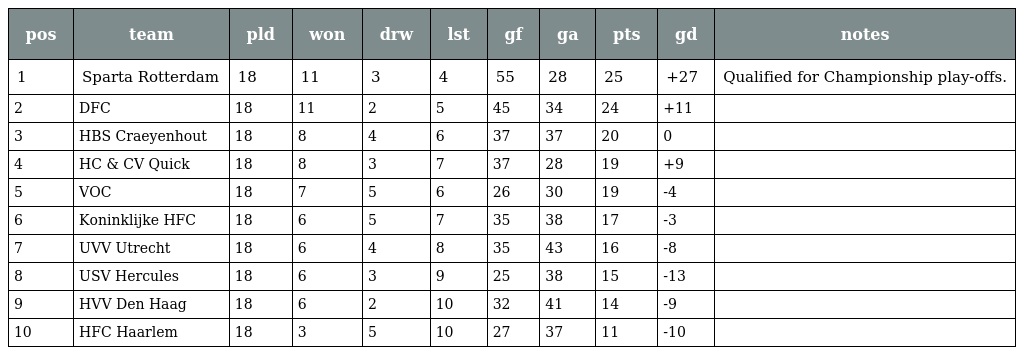
| pos | team | pld | won | drw | lst | gf | ga | pts | gd | notes |
 | --- | --- | --- | --- | --- | --- | --- | --- | --- | --- | --- |
 | 1 | Sparta Rotterdam | 18 | 11 | 3 | 4 | 55 | 28 | 25 | +27 | Qualified for Championship play-offs. |
 | 2 | DFC | 18 | 11 | 2 | 5 | 45 | 34 | 24 | +11 |  |
 | 3 | HBS Craeyenhout | 18 | 8 | 4 | 6 | 37 | 37 | 20 | 0 |  |
 | 4 | HC & CV Quick | 18 | 8 | 3 | 7 | 37 | 28 | 19 | +9 |  |
 | 5 | VOC | 18 | 7 | 5 | 6 | 26 | 30 | 19 | -4 |  |
 | 6 | Koninklijke HFC | 18 | 6 | 5 | 7 | 35 | 38 | 17 | -3 |  |
 | 7 | UVV Utrecht | 18 | 6 | 4 | 8 | 35 | 43 | 16 | -8 |  |
 | 8 | USV Hercules | 18 | 6 | 3 | 9 | 25 | 38 | 15 | -13 |  |
 | 9 | HVV Den Haag | 18 | 6 | 2 | 10 | 32 | 41 | 14 | -9 |  |
 | 10 | HFC Haarlem | 18 | 3 | 5 | 10 | 27 | 37 | 11 | -10 |  |